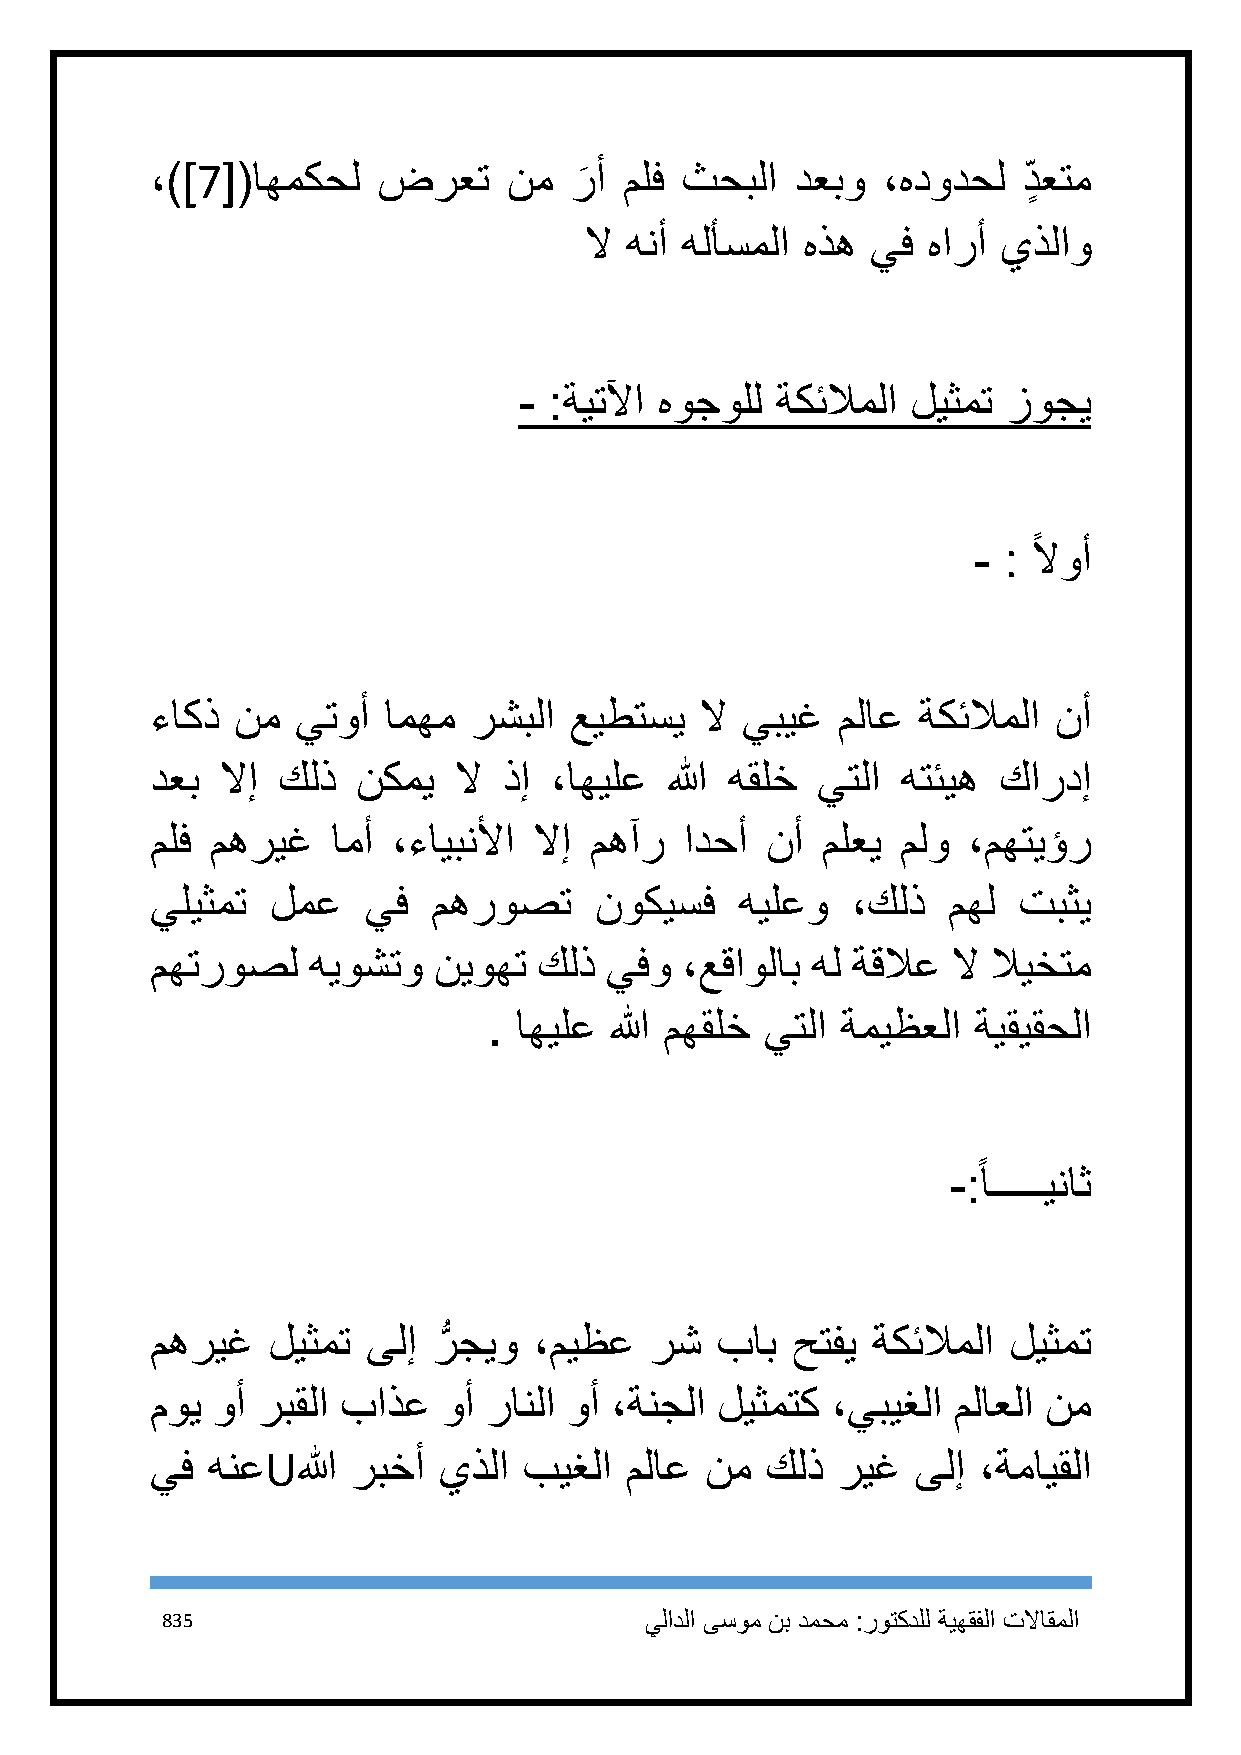
،)]7[(اهمكحل   ضرعت     نم  ر
 َ
 أ ملف ثحبلا   دعبو ،هدودحل   د ٍ عتم
 لا هنأ هلأسملا هذه يف هارأ يذلاو
 - :ةيتلآا هوجولل ةكئلاملا ليثمت  زوجي
 ً
 - : لاوأ
 ءاكذ نم   يتوأ امهم  رشبلا  عيطتسي  لا يبيغ  ملاع  ةكئلاملا نأ
 دعب  لاإ كلذ  نكمي  لا ذإ ،اهيلع  الله هقلخ يتلا  هتئيه كاردإ
 ملف مهريغ   امأ ،ءايبنلأا لاإ مهآر ادحأ  نأ ملعي  ملو ،مهتيؤر
 يليثمت  لمع   يف   مهروصت    نوكيسف    هيلعو  ،كلذ   مهل تبثي
 مهتروصل   هيوشتو   نيوهت  كلذ يفو  ،عقاولاب هل ةقلاع لا لايختم
 . اهيلع الله مهقلخ يتلا ةميظعلا ةيقيقحلا
 ً
 -: اـــــيناث
 مهريغ   ليثمت ىلإ  رُّ جيو ،ميظع رش  باب  حتفي  ةكئلاملا ليثمت
 موي وأ ربقلا باذع  وأ رانلا وأ ،ةنجلا ليثمتك ،يبيغلا ملاعلا نم
 يف  هنعUالله ربخأ  يذلا  بيغلا ملاع  نم  كلذ ريغ   ىلإ ،ةمايقلا
 835                             يلادلا ىسوم نب دمحم :روتكدلل ةيهقفلا تلااقملا